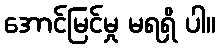
အောင်မြင်မှု မရရှိ ပါ။